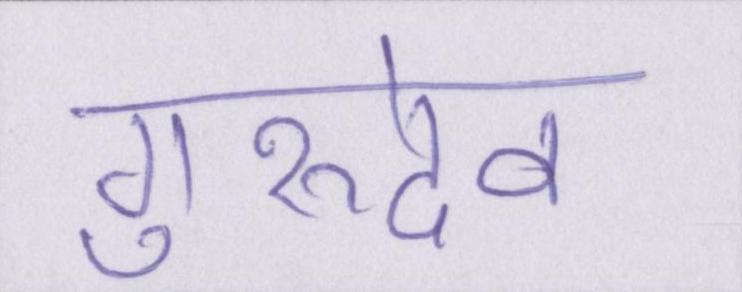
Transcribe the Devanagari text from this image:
गुरुदेव